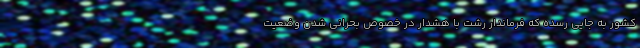
کشور به جایی رسده که فرماندار رشت با هشدار در خصوص بحرانی شدن وضعیت